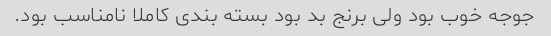
جوجه خوب بود ولی برنج بد بود بسته بندی کاملا نامناسب بود.